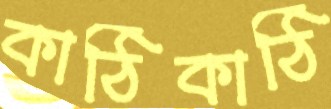
কাঠিকাঠি